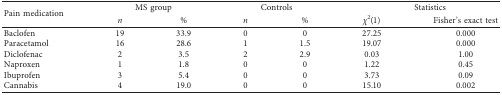
<table><thead><tr><td rowspan="2"><b>Pain medication</b></td><td colspan="2"><b>MS group</b></td><td colspan="2"><b>Controls</b></td><td colspan="2"><b>Statistics</b></td></tr><tr><td><b><i>n</i></b></td><td><b>%</b></td><td><b><i>n</i></b></td><td><b>%</b></td><td><b><i>χ</i><sup>2</sup>(1)</b></td><td><b>Fisher&#x27;s exact test</b></td></tr></thead><tbody><tr><td>Baclofen</td><td>19</td><td>33.9</td><td>0</td><td>0</td><td>27.25</td><td>0.000</td></tr><tr><td>Paracetamol</td><td>16</td><td>28.6</td><td>1</td><td>1.5</td><td>19.07</td><td>0.000</td></tr><tr><td>Diclofenac</td><td>2</td><td>3.5</td><td>2</td><td>2.9</td><td>0.03</td><td>1.00</td></tr><tr><td>Naproxen</td><td>1</td><td>1.8</td><td>0</td><td>0</td><td>1.22</td><td>0.45</td></tr><tr><td>Ibuprofen</td><td>3</td><td>5.4</td><td>0</td><td>0</td><td>3.73</td><td>0.09</td></tr><tr><td>Cannabis</td><td>4</td><td>19.0</td><td>0</td><td>0</td><td>15.10</td><td>0.002</td></tr></tbody></table>